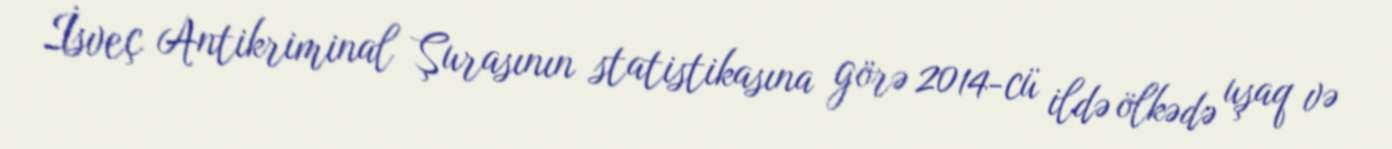
İsveç Antikriminal Şurasının statistikasına görə 2014-cü ildə ölkədə uşaq və